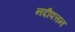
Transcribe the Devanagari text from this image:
नदीपत्तन